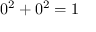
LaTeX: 0 ^ { 2 } + 0 ^ { 2 } = 1